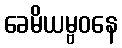
ခေမိယမ္ဗဝနေ